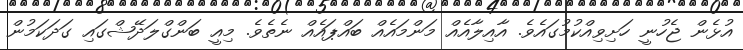
އުޅެން ޖެހުނީ ހަށިވިއްކުމުގައެވެ. އާއިލާއެއް މަންމައެއް ބައްޕައެއް ނެތެވެ. މިއީ ބަންގްލަދޭޝްގައި ގަދަކަމުން